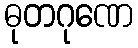
ဓုတဂုဏေ